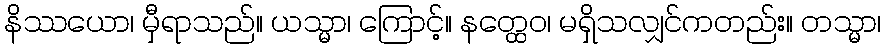
နိဿယော၊ မှီရာသည်။ ယသ္မာ၊ ကြောင့်။ နတ္ထေဝ၊ မရှိသလျှင်ကတည်း။ တသ္မာ၊